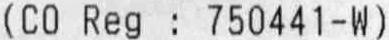
(CO REG : 750441-W)